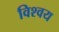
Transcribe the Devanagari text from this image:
विश्वय